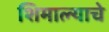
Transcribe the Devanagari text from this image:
शिमाल्याचे